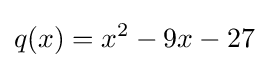
q(x)=x^{2}-9x-27